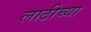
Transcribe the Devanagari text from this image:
लाठीच्या